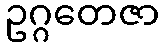
ဥဂ္ဂတေဇာ